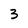
Character: 3